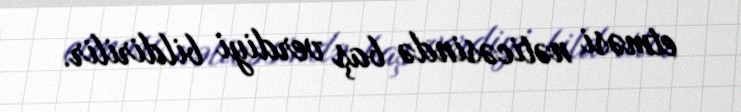
etməsi nəticəsində baş verdiyi bildirilir.